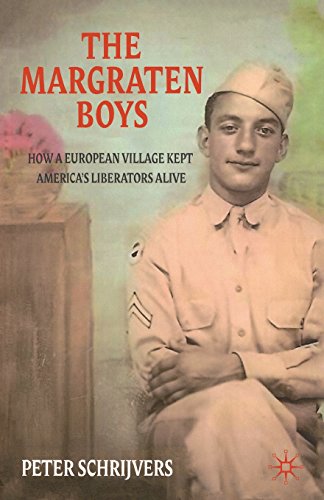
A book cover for The Margraten Boys: How a European Village Kept America's Liberators Alive; Peter Schrijvers; History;